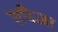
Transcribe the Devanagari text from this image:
तपैजा